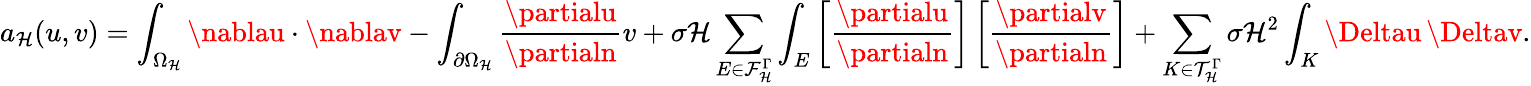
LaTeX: a_{\mathcal{H}}(u,v)=\int_{\Omega_{\mathcal{H}}}\nablau\cdot\nablav-\int_{\partial\Omega_{\mathcal{H}}}\frac{{\partialu}}{{\partialn}}v+\sigma\mathcal{H}\sum_{E\in\mathcal{{F}}_{\mathcal{H}}^{\Gamma}}\int_{E}\left[\frac{{\partialu}}{{\partialn}}\right]\left[\frac{{\partialv}}{{\partialn}}\right]+\sum_{K\in\mathcal{{T}}_{\mathcal{H}}^{\Gamma}}\sigma\mathcal{H}^{2}\int_{K}\Deltau\, \Deltav.